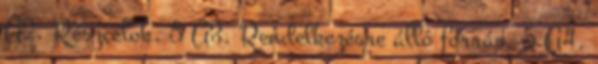
A2. Részcélok. 5 A3. Rendelkezésre álló forrás. 5 A4.